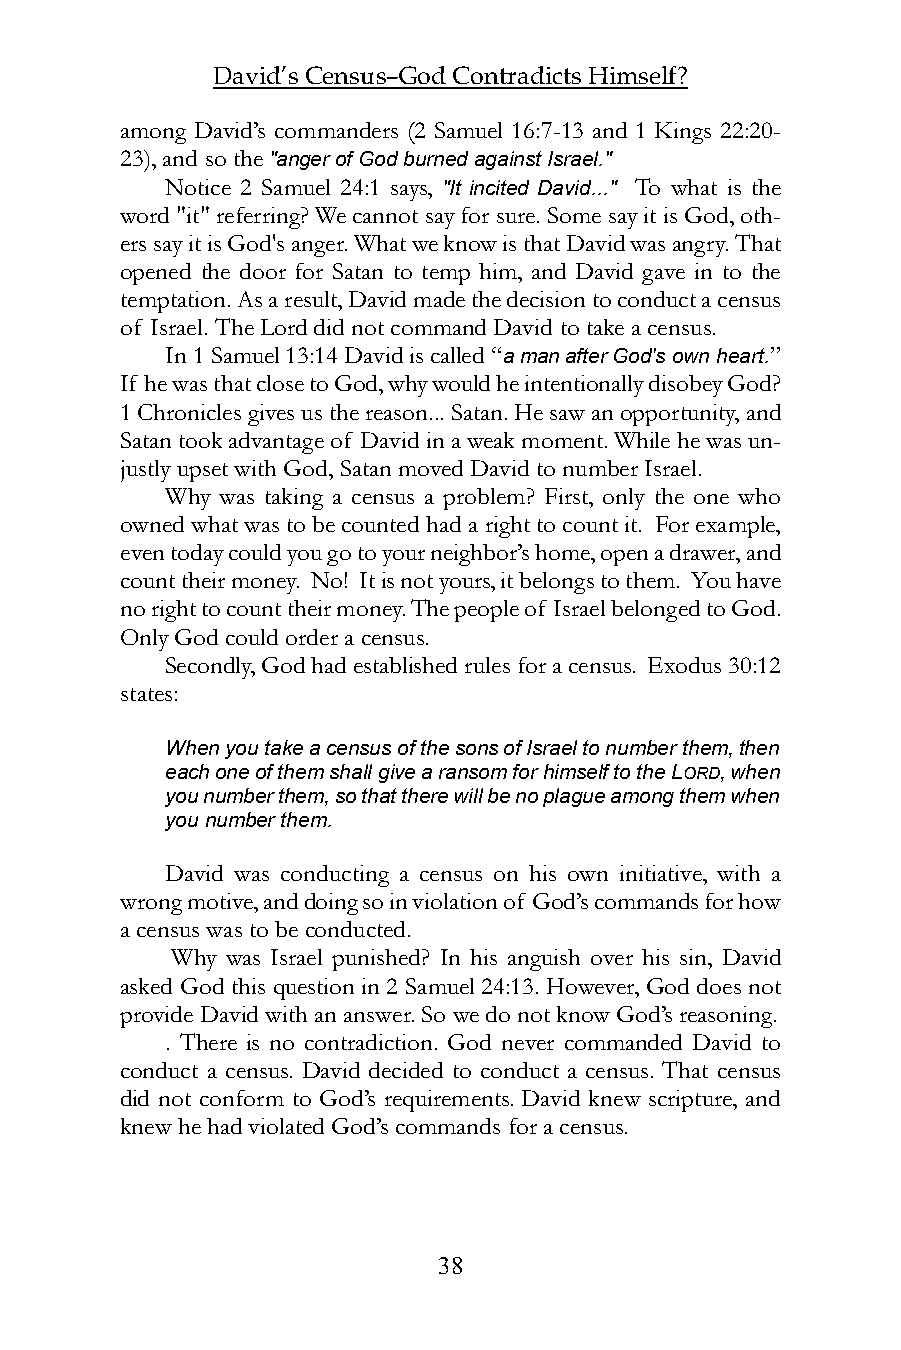
David’s Census–God Contradicts Himself?
 among David’s commanders (2 Samuel 16:7-13 and 1 Kings 22:20-
 23), and so the "anger of God burned against Israel."
 Notice 2 Samuel 24:1 says, "It incited David..." To what is the
 word "it" referring? We cannot say for sure. Some say it is God, oth-
 ers say it is God's anger. What we know is that David was angry. That
 opened the door for Satan to temp him, and David gave in to the
 temptation. As a result, David made the decision to conduct a census
 of Israel. The Lord did not command David to take a census.
 In 1 Samuel 13:14 David is called “a man after God's own heart.”
 If he was that close to God, why would he intentionally disobey God?
 1 Chronicles gives us the reason... Satan. He saw an opportunity, and
 Satan took advantage of David in a weak moment. While he was un-
 justly upset with God, Satan moved David to number Israel.
 Why was taking a census a problem? First, only the one who
 owned what was to be counted had a right to count it. For example,
 even today could you go to your neighbor’s home, open a drawer, and
 count their money. No! It is not yours, it belongs to them. You have
 no right to count their money. The people of Israel belonged to God.
 Only God could order a census.
 Secondly, God had established rules for a census. Exodus 30:12
 states:
 When you take a census of the sons of Israel to number them, then
 each one of them shall give a ransom for himself to the LORD, when
 you number them, so that there will be no plague among them when
 you number them.
 David was conducting a census on his own initiative, with a
 wrong motive, and doing so in violation of God’s commands for how
 a census was to be conducted.
 Why was Israel punished? In his anguish over his sin, David
 asked God this question in 2 Samuel 24:13. However, God does not
 provide David with an answer. So we do not know God’s reasoning.
 . There is no contradiction. God never commanded David to
 conduct a census. David decided to conduct a census. That census
 did not conform to God’s requirements. David knew scripture, and
 knew he had violated God’s commands for a census.
 38